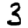
Digit: 3